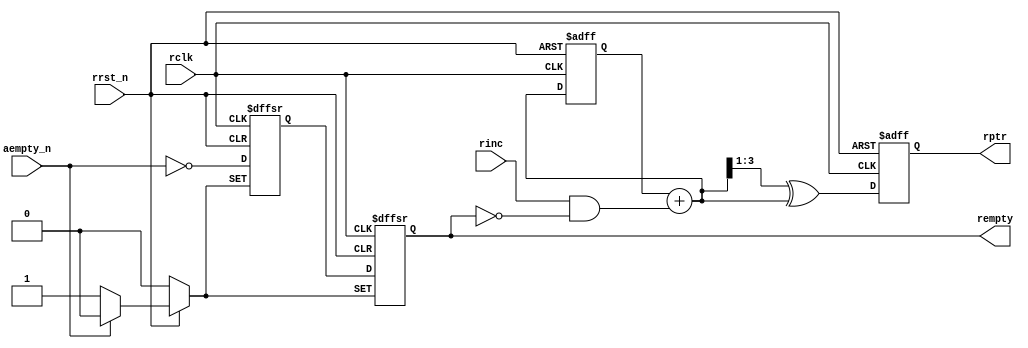
module rptr_empty #(
    parameter ADDR_WD = 4
)(
    input                  rclk,
    input                  rrst_n,
    input                  rinc,
    input                  aempty_n,
    output                 rempty,
    output [ADDR_WD-1 : 0] rptr
);

reg  [ADDR_WD-1 : 0] rbin_r, rgray_r;
reg                  rq1_r,  rq2_r;
wire [ADDR_WD-1 : 0] rbnext, rgnext;

assign rbnext = rbin_r + (rinc && !rempty);
assign rgnext = (rbnext >> 1) ^ rbnext;
assign rptr   =  rgray_r;

always @(posedge rclk or negedge rrst_n) begin
    if (!rrst_n) begin
        {rbin_r, rgray_r} <= 'b0;
    end
    else begin
        {rbin_r, rgray_r} <= {rbnext, rgnext};
    end
end

always @ (posedge rclk or negedge rrst_n or negedge aempty_n) begin
    if (!rrst_n) begin
        {rq1_r, rq2_r} <= 'b0;
    end
    else if (!aempty_n) begin
        {rq1_r, rq2_r} <= 2'b11;
    end
    else begin
        {rq1_r, rq2_r} <= {~aempty_n, rq1_r};
    end
end

assign rempty = rq2_r;

endmodule